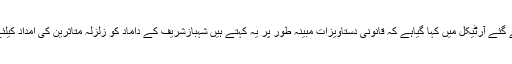
ڈیلی میل کی جانب سے لکھے گئے آرٹیکل میں کہا گیاہے کہ قانونی دستاویزات مبینہ طور پر یہ کہتے ہیں شہبازشریف کے داماد کو زلزلہ متاثرین کی امداد کیلئے 10 لاکھ پاﺅنڈ دیئے گئے ۔